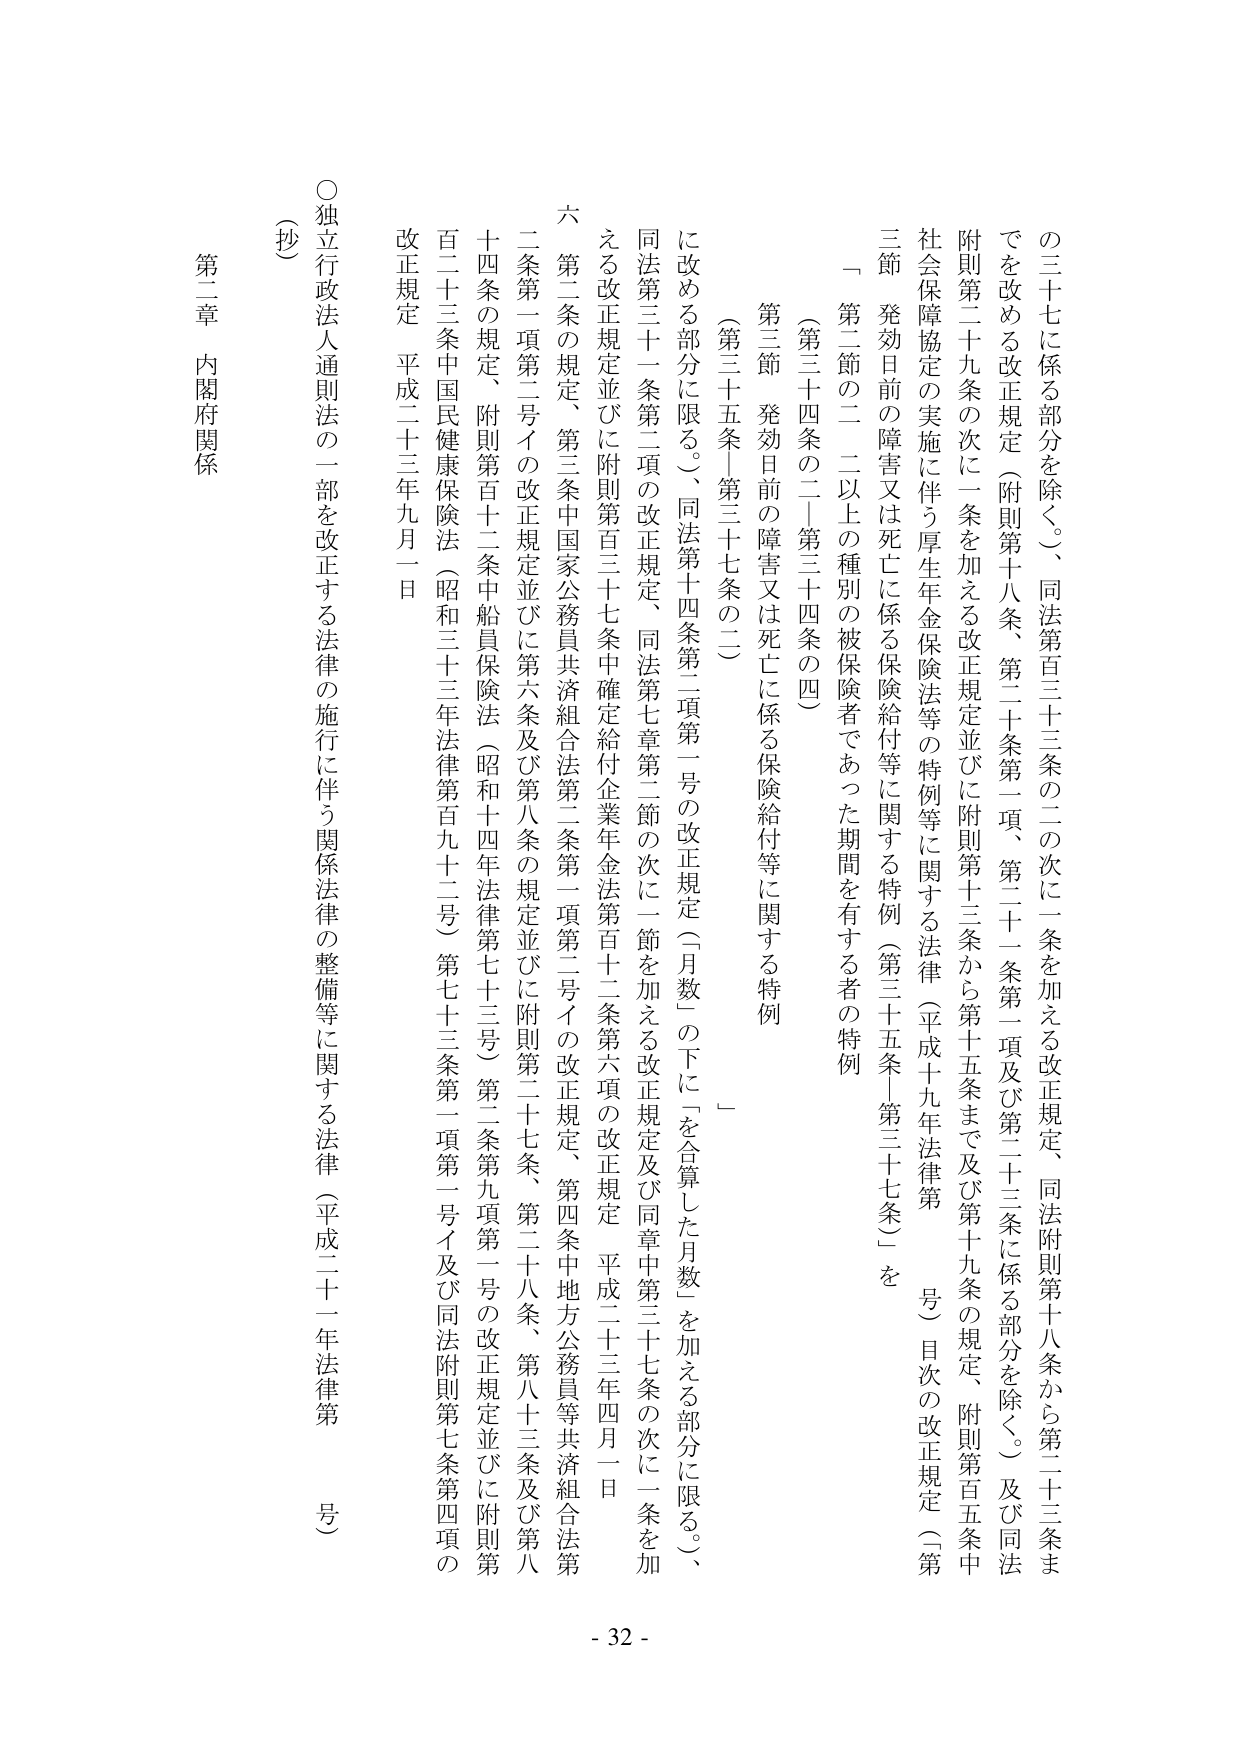
の三十七に係る部分を除く。）、同法第百三十三条の二の次に一条を加える改正規定、同法附則第十八条から第二十三条までを改める改正規定（附則第十八条、第二十条第一項、第二十一条第一項及び第二十三条に係る部分を除く。）及び同法附則第二十九条の次に一条を加える改正規定並びに附則第十三条から第十五条まで及び第十九条の規定、附則第百五条中社会保障協定の実施に伴う厚生年金保険法等の特例等に関する法律（平成十九年法律第　　号）目次の改正規定（第三節　発効日前の障害又は死亡に係る保険給付等に関する特例（第三十五条－第三十七条）を「第二節の二　二以上の種別の被保険者であった期間を有する者の特例（第三十四条の二－第三十四条の四）第三節　発効日前の障害又は死亡に係る保険給付等に関する特例（第三十五条－第三十七条の二）」に改める部分に限る。）、同法第十四条第二項第一号の改正規定（「月数」の下に「を合算した月数」を加える部分に限る。）、同法第三十一条第二項の改正規定、同法第七章第二節の次に一節を加える改正規定及び同章中第三十七条の次に一条を加える改正規定並びに附則第百三十七条中確定給付企業年金法第百十二条第六項の改正規定、平成二十三年四月一日六　第二条の規定、第三条中国家公務員共済組合法第二条第一項第二号イの改正規定、第四条中地方公務員等共済組合法第二条第一項第二号イの改正規定並びに第六条及び第八条の規定並びに附則第二十七条、第二十八条、第八十三条及び第八十四条の規定、附則第百十二条中船員保険法（昭和十四年法律第七十三号）第二条第九項第一号の改正規定並びに附則第百二十三条中国民健康保険法（昭和三十三年法律第百九十二号）第七十三条第一項第一号イ及び同法附則第七条第四項の改正規定　平成二十三年九月一日○独立行政法人通則法の一部を改正する法律の施行に伴う関係法律の整備等に関する法律（平成二十一年法律第　　号）（抄）第二章　内閣府関係 - 32 -